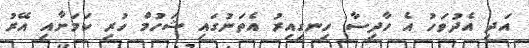
އަދި އެދުވަހު އެ ހާދިސާ ހިނގިއިރު އެތަނުގައި ޝަހުމް ހުރި ކަމަށާއި އޭރު